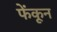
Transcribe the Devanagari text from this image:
फेंकून